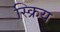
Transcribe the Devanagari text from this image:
स्क्रिय